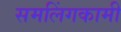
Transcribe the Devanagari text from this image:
समलिंगकामी